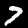
Label: 7